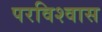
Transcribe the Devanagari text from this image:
परविश्वास